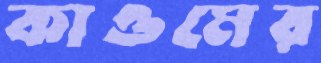
কাওমের